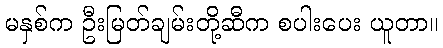
မနှစ်က ဦးမြတ်ချမ်းတို့ဆီက စပါးပေး ယူတာ။